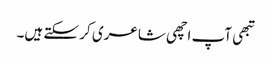
تبھی آپ اچھی شاعری کر سکتے ہیں۔